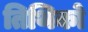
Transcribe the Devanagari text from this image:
तिथिको